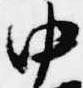
中